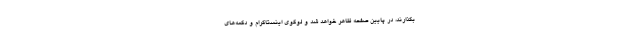
بگذارند، در پایین صفحه ظاهر خواهد شد و لوگوی اینستاگرام و دکمه‌های